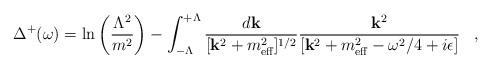
\begin{align*}\Delta^{+}(\omega)=\ln\left(\frac{\Lambda^{2}}{m^{2}}\right) - \int_{-\Lambda}^{+\Lambda}\frac{d{\bf k}}{[{\bf k}^{2}+m_{\mbox{\scriptsize eff}}^{2}]^{1/2}}\frac{{\bf k}^{2}}{[{\bf k}^{2}+m_{\mbox{\scriptsize eff}}^{2}-\omega^{2}/4+i\epsilon]}\;\;\;,\end{align*}